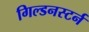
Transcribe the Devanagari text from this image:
गिल्डनस्टर्न